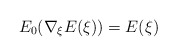
\begin{align*}E_0(\nabla _\xi E(\xi)) = E(\xi) \end{align*}